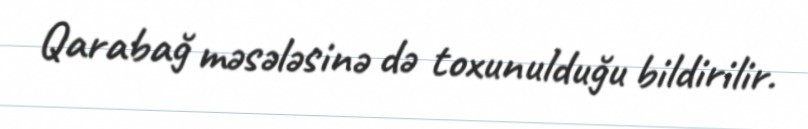
Qarabağ məsələsinə də toxunulduğu bildirilir.